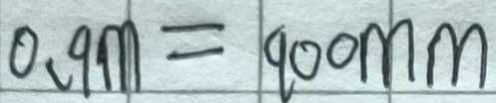
0 . 9 m = 9 0 0 m m